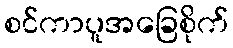
စင်ကာပူအခြေစိုက်